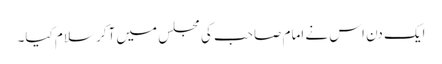
ایک دن اس نے امام صاحب کی مجلس میں آکر سلام کیا۔